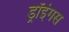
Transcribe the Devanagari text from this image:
ड्रॉइंगस